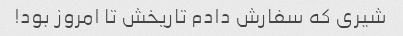
شیری که سفارش دادم تاریخش تا امروز بود!